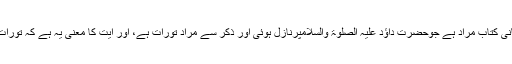
دوسرا قول یہ ہے کہ زبور سے وہ آسمانی کتاب مراد ہے جوحضرت داؤد عَلَیْہِ الصَّلٰوۃُ وَالسَّلَامپرنازل ہوئی اور ذکر سے مراد تورات ہے، اور آیت کا معنی یہ ہے کہ تورات میں لکھنے کے بعد زبور میں لکھ دیا۔